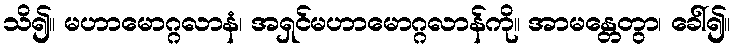
သိ၍။ မဟာမောဂ္ဂလာနံ၊ အရှင်မဟာမောဂ္ဂလာန်ကို။ အာမန္တေတွာ၊ ခေါ်၍။